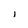
Character: i